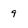
Character: 9